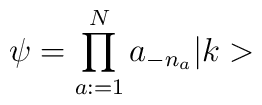
\psi = \prod_{a:=1}^N a_{-n_a} \vert k >